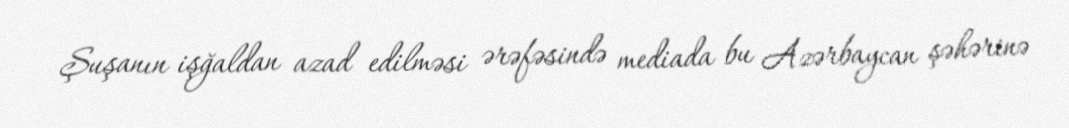
Şuşanın işğaldan azad edilməsi ərəfəsində mediada bu Azərbaycan şəhərinə